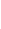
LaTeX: A\! \! \! \! \! \! \! \! \! \! \! \! (\! \! \! \! \! \! \! \! \! \! \! \! \mathbf{x}\! \! \! \! \! \! \! \! \! \! \! \! )\! \! \! \! \! \! \! \! \! \! \! \! =\! \! \! \! \! \! \! \! \! \! \! \! (A\! \! \! \! \! \! \! \! \! \! \! \! _{\! }\! \! \! \! \! \! \! \! \! \! \! 1\! \! \! \! \! \! \! \! \! \! \! \! (\! \! \! \! \! \! \! \! \! \! \! \! \mathbf{x}\! \! \! \! \! \! \! \! \! \! \! \! )\! \! \! \! \! \! \! \! \! \! \! \! ,A\! \! \! \! \! \! \! \! \! \! \! \! _{\! }\! \! \! \! \! \! \! \! \! \! \! 2\! \! \! \! \! \! \! \! \! \! \! \! (\! \! \! \! \! \! \! \! \! \! \! \! \mathbf{x}\! \! \! \! \! \! \! \! \! \! \! \! )\! \! \! \! \! \! \! \! \! \! \! \! )\! \! \! \! \! \! \! \! \! \! \!